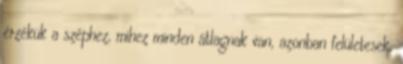
érzékük a széphez, mihez minden átlagnak van, azonban felületesek,